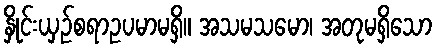
နှိုင်းယှဉ်စရာဥပမာမရှိ။ အသမသမော၊ အတုမရှိသော